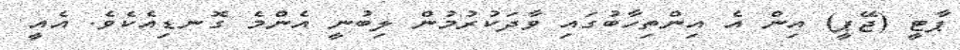
ޕާޓީ (ޖޭޕީ) އިން އެ އިންތިހާބުގައި ވާދަކުރުމުން ލިބުނީ އެންމެ ގޮނޑިއެކެވެ. އެއީ